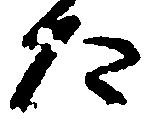
た